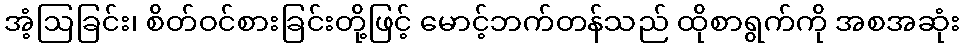
အံ့ဩခြင်း၊ စိတ်ဝင်စားခြင်းတို့ဖြင့် မောင့်ဘက်တန်သည် ထိုစာရွက်ကို အစအဆုံး